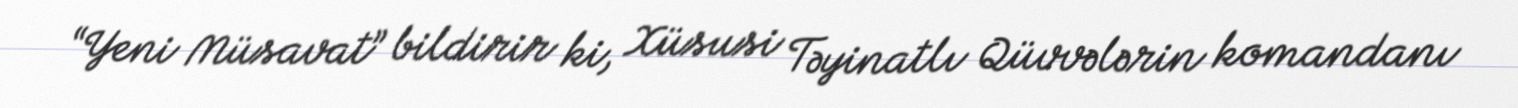
“Yeni Müsavat” bildirir ki, Xüsusi Təyinatlı Qüvvələrin komandanı